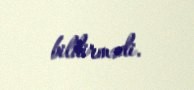
bildirmədi.